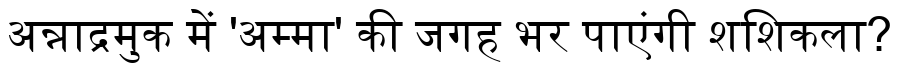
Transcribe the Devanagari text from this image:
अन्नाद्रमुक में 'अम्मा' की जगह भर पाएंगी शशिकला?